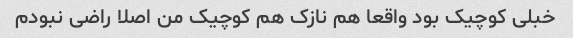
خبلی کوچیک بود واقعا هم نازک هم کوچیک من اصلا راضی نبودم